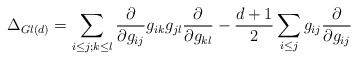
\begin{align*}\Delta_{Gl(d)}=\sum_{i\leq j;k\leq l} \frac{\partial}{\partial g_{ij}}g_{ik} g_{jl}\frac{\partial}{\partial g_{kl}}- \frac{d+1}{2} \sum_{i\leq j} g_{ij}\frac{\partial}{\partial g_{ij}}\end{align*}